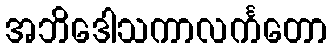
အဘိဒေါသကာလင်္ကတော